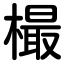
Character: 樶